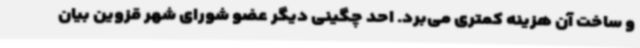
و ساخت آن هزینه کمتری می‌برد. احد چگینی دیگر عضو شورای شهر قزوین بیان